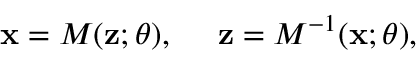
\begin{array} { r } { \mathbf { x } = M ( \mathbf { z } ; \theta ) , \: \: \: \: \: \: \mathbf { z } = M ^ { - 1 } ( \mathbf { x } ; \theta ) , } \end{array}